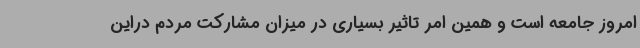
امروز جامعه است و همین امر تاثیر بسیاری در میزان مشارکت مردم دراین